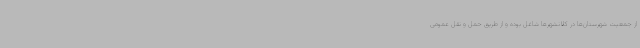
از جمعیت شهرستان‌ها در کلانشهرها شاغل بوده و از طریق حمل و نقل عمومی